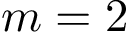
m = 2